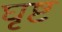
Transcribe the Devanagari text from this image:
घृष्ट